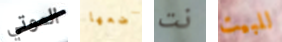
الموتي أضعها نت للبيت